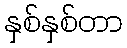
နှစ်နှစ်တာ